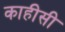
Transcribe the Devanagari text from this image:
काहीसी